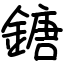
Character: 鎕